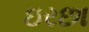
ઇરછા